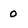
Character: 0